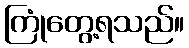
ကြုံတွေ့ရသည်။